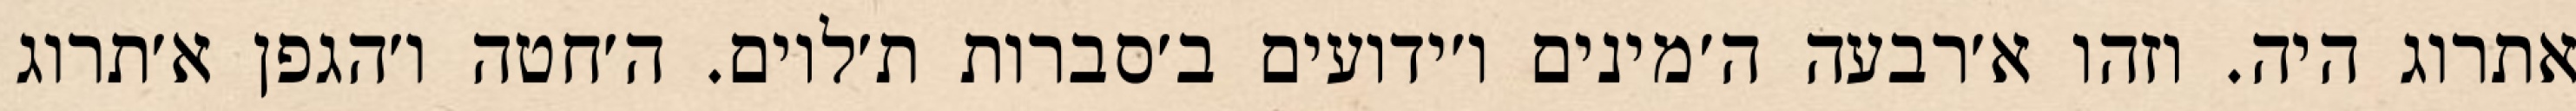
אתרוג היה. וזהו א׳רבעה ה׳מינים ו׳ידועים ב׳סברות ת׳לוים. ה׳חטה ו׳הגפן א׳תרוג